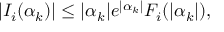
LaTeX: | I _ { i } ( \alpha _ { k } ) | \leq | \alpha _ { k } | e ^ { | \alpha _ { k } | } F _ { i } ( | \alpha _ { k } | ) ,